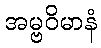
အမ္ဗဝိမာနံ